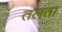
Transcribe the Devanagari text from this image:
तलता